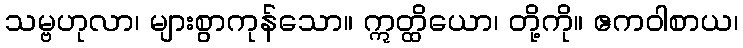
သမ္ဗဟုလာ၊ များစွာကုန်သော။ ဣတ္ထိယော၊ တို့ကို။ ဧကဝါစာယ၊